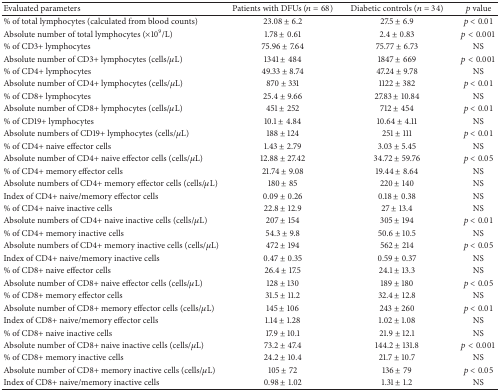
<table><thead><tr><td><b>Evaluated parameters </b></td><td><b>Patients with DFUs (<i>n</i> = 68)</b></td><td><b>Diabetic controls (<i>n</i> = 34)</b></td><td><b><i>p</i> value</b></td></tr></thead><tbody><tr><td>% of total lymphocytes (calculated from blood counts)</td><td>23.08 ± 6.2</td><td>27.5 ± 6.9</td><td><i>p</i> &lt; 0.01</td></tr><tr><td>Absolute number of total lymphocytes (×10<sup>9</sup>/L)</td><td>1.78 ± 0.61</td><td>2.4 ± 0.83</td><td><i>p</i> &lt; 0.001</td></tr><tr><td>% of CD3+ lymphocytes</td><td>75.96 ± 7.64</td><td>75.77 ± 6.73</td><td>NS</td></tr><tr><td>Absolute number of CD3+ lymphocytes (cells/<i>μ</i>L)</td><td>1341 ± 484</td><td>1847 ± 669</td><td><i>p</i> &lt; 0.001</td></tr><tr><td>% of CD4+ lymphocytes</td><td>49.33 ± 8.74</td><td>47.24 ± 9.78</td><td>NS</td></tr><tr><td>Absolute number of CD4+ lymphocytes (cells/<i>μ</i>L)</td><td>870 ± 331</td><td>1122 ± 382</td><td><i>p</i> &lt; 0.01</td></tr><tr><td>% of CD8+ lymphocytes</td><td>25.4 ± 9.66</td><td>27.83 ± 10.84</td><td>NS</td></tr><tr><td>Absolute number of CD8+ lymphocytes (cells/<i>μ</i>L)</td><td>451 ± 252</td><td>712 ± 454</td><td><i>p</i> &lt; 0.01</td></tr><tr><td>% of CD19+ lymphocytes</td><td>10.1 ± 4.84</td><td>10.64 ± 4.11</td><td>NS</td></tr><tr><td>Absolute numbers of CD19+ lymphocytes (cells/<i>μ</i>L)</td><td>188 ± 124</td><td>251 ± 111</td><td><i>p</i> &lt; 0.01</td></tr><tr><td>% of CD4+ naive effector cells</td><td>1.43 ± 2.79</td><td>3.03 ± 5.45</td><td>NS</td></tr><tr><td>Absolute number of CD4+ naive effector cells (cells/<i>μ</i>L)</td><td>12.88 ± 27.42</td><td>34.72 ± 59.76</td><td><i>p</i> &lt; 0.05</td></tr><tr><td>% of CD4+ memory effector cells</td><td>21.74 ± 9.08</td><td>19.44 ± 8.64</td><td>NS</td></tr><tr><td>Absolute numbers of CD4+ memory effector cells (cells/<i>μ</i>L)</td><td>180 ± 85</td><td>220 ± 140</td><td>NS</td></tr><tr><td>Index of CD4+ naive/memory effector cells</td><td>0.09 ± 0.26</td><td>0.18 ± 0.38</td><td>NS</td></tr><tr><td>% of CD4+ naive inactive cells</td><td>22.8 ± 12.9</td><td>27 ± 13.4</td><td>NS</td></tr><tr><td>Absolute numbers of CD4+ naive inactive cells (cells/<i>μ</i>L)</td><td>207 ± 154</td><td>305 ± 194</td><td><i>p</i> &lt; 0.01</td></tr><tr><td>% of CD4+ memory inactive cells</td><td>54.3 ± 9.8</td><td>50.6 ± 10.5</td><td>NS</td></tr><tr><td>Absolute numbers of CD4+ memory inactive cells (cells/<i>μ</i>L)</td><td>472 ± 194</td><td>562 ± 214</td><td><i>p</i> &lt; 0.05</td></tr><tr><td>Index of CD4+ naive/memory inactive cells</td><td>0.47 ± 0.35</td><td>0.59 ± 0.37</td><td>NS</td></tr><tr><td>% of CD8+ naive effector cells</td><td>26.4 ± 17.5</td><td>24.1 ± 13.3</td><td>NS</td></tr><tr><td>Absolute number of CD8+ naive effector cells (cells/<i>μ</i>L)</td><td>128 ± 130</td><td>189 ± 180</td><td><i>p</i> &lt; 0.05</td></tr><tr><td>% of CD8+ memory effector cells</td><td>31.5 ± 11.2</td><td>32.4 ± 12.8</td><td>NS</td></tr><tr><td>Absolute number of CD8+ memory effector cells (cells/<i>μ</i>L)</td><td>145 ± 106</td><td>243 ± 260</td><td><i>p</i> &lt; 0.01</td></tr><tr><td>Index of CD8+ naive/memory effector cells</td><td>1.14 ± 1.28</td><td>1.02 ± 1.08</td><td>NS</td></tr><tr><td>% of CD8+ naive inactive cells</td><td>17.9 ± 10.1</td><td>21.9 ± 12.1</td><td>NS</td></tr><tr><td>Absolute number of CD8+ naive inactive cells (cells/<i>μ</i>L)</td><td>73.2 ± 47.4</td><td>144.2 ± 131.8</td><td><i>p</i> &lt; 0.001</td></tr><tr><td>% of CD8+ memory inactive cells</td><td>24.2 ± 10.4</td><td>21.7 ± 10.7</td><td>NS</td></tr><tr><td>Absolute number of CD8+ memory inactive cells (cells/<i>μ</i>L)</td><td>105 ± 72</td><td>136 ± 79</td><td><i>p</i> &lt; 0.05</td></tr><tr><td>Index of CD8+ naive/memory inactive cells</td><td>0.98 ± 1.02</td><td>1.31 ± 1.2</td><td>NS</td></tr></tbody></table>